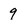
Character: 9